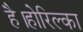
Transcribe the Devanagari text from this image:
है।होरिल्का